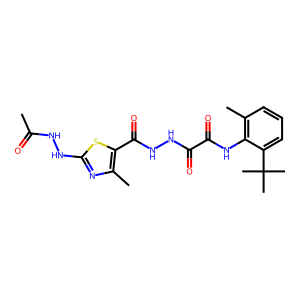
SMILES: CC(=O)NNc1nc(C)c(C(=O)NNC(=O)C(=O)Nc2c(C)cccc2C(C)(C)C)s1
Inhibits HIV replication: No